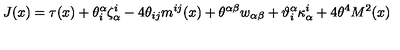
J ( x ) = \tau ( x ) + \theta _ { i } ^ { \alpha } \zeta _ { \alpha } ^ { i } - 4 \theta _ { i j } m ^ { i j } ( x ) + \theta ^ { \alpha \beta } w _ { \alpha \beta } + \vartheta _ { i } ^ { \alpha } \kappa _ { \alpha } ^ { i } + 4 \theta ^ { 4 } M ^ { 2 } ( x )